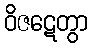
ဝိဇဋေတွာ